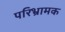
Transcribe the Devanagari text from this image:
परिभ्रामक